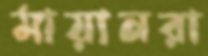
মায়ানরা